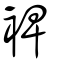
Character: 裨